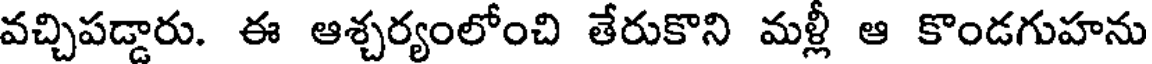
వచ్చిపడ్డారు. ఈ ఆశ్చర్యంలోంచి తేరుకొని మళ్లీ ఆ కొండగుహను